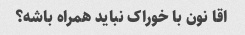
اقا نون با خوراک نباید همراه باشه؟